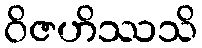
ဝိဇဟိဿသိ